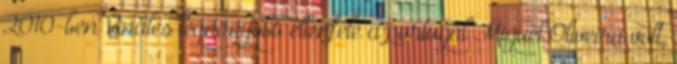
2010-ben Viñales legnagyobb ellenfele a portugál Miguel Oliveira volt,